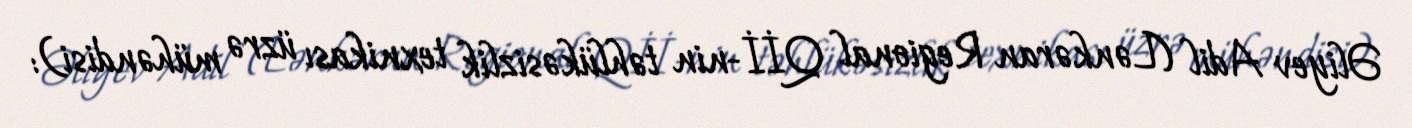
Əliyev Adil (Lənkəran Regional Qİİ-nin təhlükəsizlik texnikası üzrə mühəndisi):